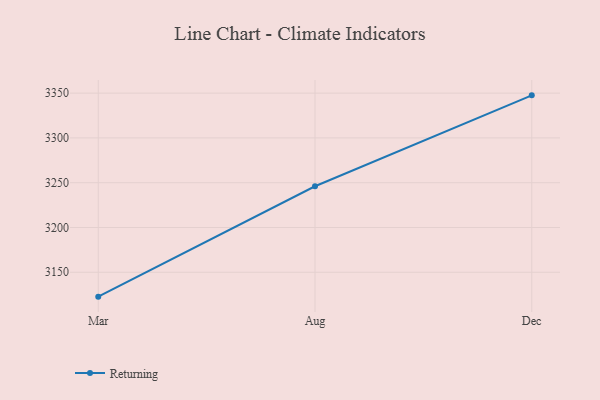
{"axis": {"x": "Month", "y": "Tickets Resolved"}, "legend": ["Returning"], "data": [{"x": "Mar", "y": 3122.8, "type": "Returning"}, {"x": "Aug", "y": 3246.0, "type": "Returning"}, {"x": "Dec", "y": 3347.5, "type": "Returning"}]}